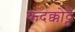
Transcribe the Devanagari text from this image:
कंदक्कोट्टै